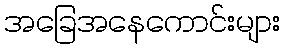
အခြေအနေကောင်းများ